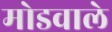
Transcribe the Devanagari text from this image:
मोडवाले